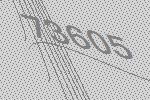
73605